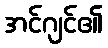
အင်ဂျင်၏